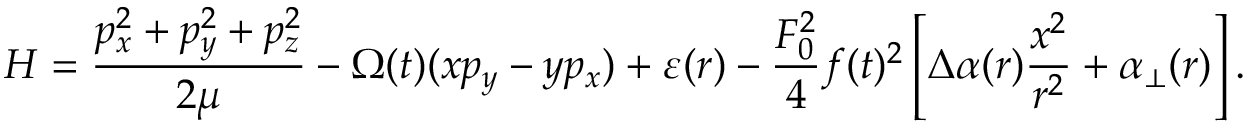
{ \cal H } = \frac { p _ { x } ^ { 2 } + p _ { y } ^ { 2 } + p _ { z } ^ { 2 } } { 2 \mu } - \Omega ( t ) ( x p _ { y } - y p _ { x } ) + \varepsilon ( r ) - \frac { F _ { 0 } ^ { 2 } } { 4 } f ( t ) ^ { 2 } \left[ \Delta \alpha ( r ) \frac { x ^ { 2 } } { r ^ { 2 } } + \alpha _ { \bot } ( r ) \right] .